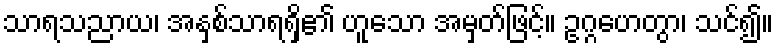
သာရသညာယ၊ အနှစ်သာရရှိ၏ ဟူသော အမှတ်ဖြင့်။ ဥဂ္ဂဟေတွာ၊ သင်၍။